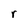
Character: r